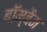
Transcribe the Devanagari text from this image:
बॉम्बैम